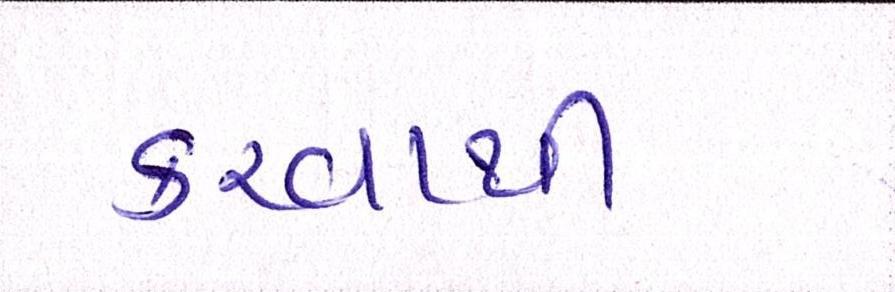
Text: કરવાથી